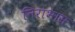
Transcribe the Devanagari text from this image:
निराभास